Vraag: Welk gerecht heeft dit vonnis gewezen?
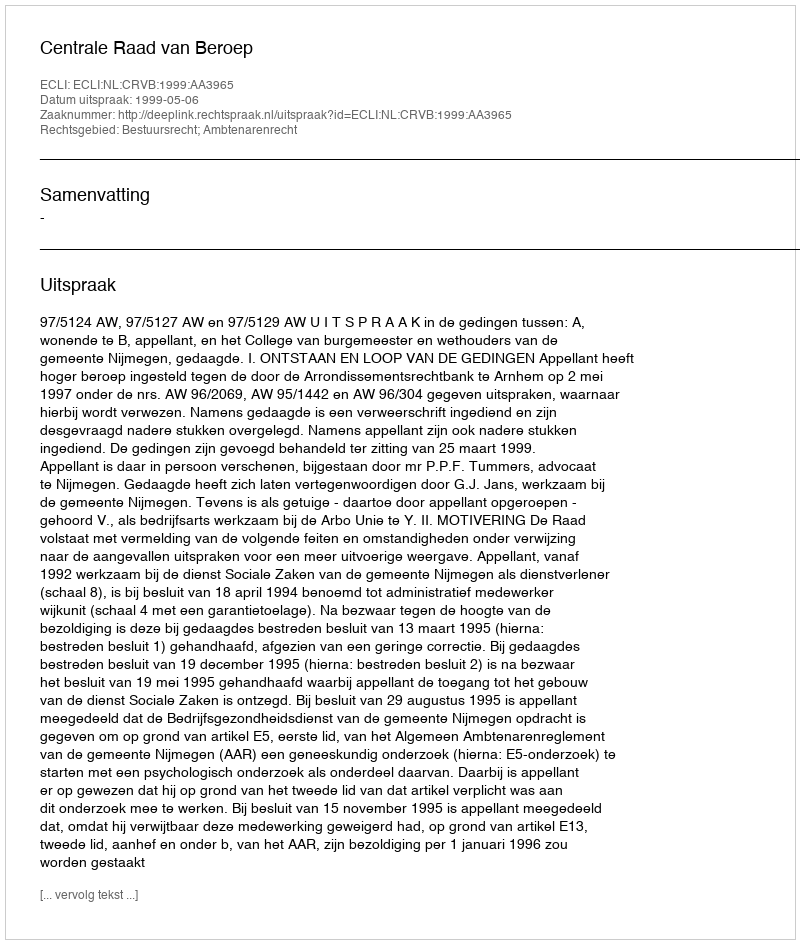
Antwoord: Centrale Raad van Beroep